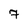
Character: 7